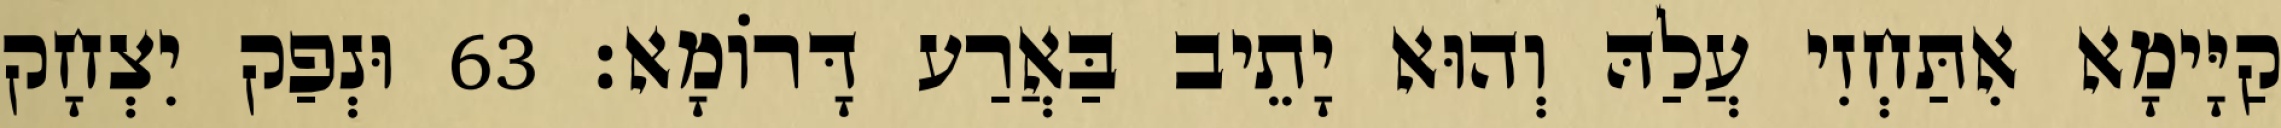
קַיָּימָא אִתַּחְזִי עֲלַהּ וְהוּא יָתֵיב בַּאֲרַע דָּרוֹמָא׃ 63 וּנְפַק יִצְחָק